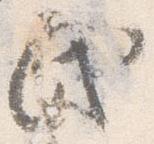
民